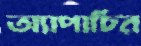
অ্যাপাচির